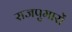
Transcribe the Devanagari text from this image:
राजपुमारों